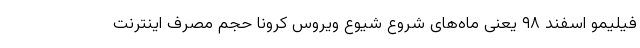
فیلیمو اسفند ۹۸ یعنی ماه‌های شروع شیوع ویروس کرونا حجم مصرف اینترنت